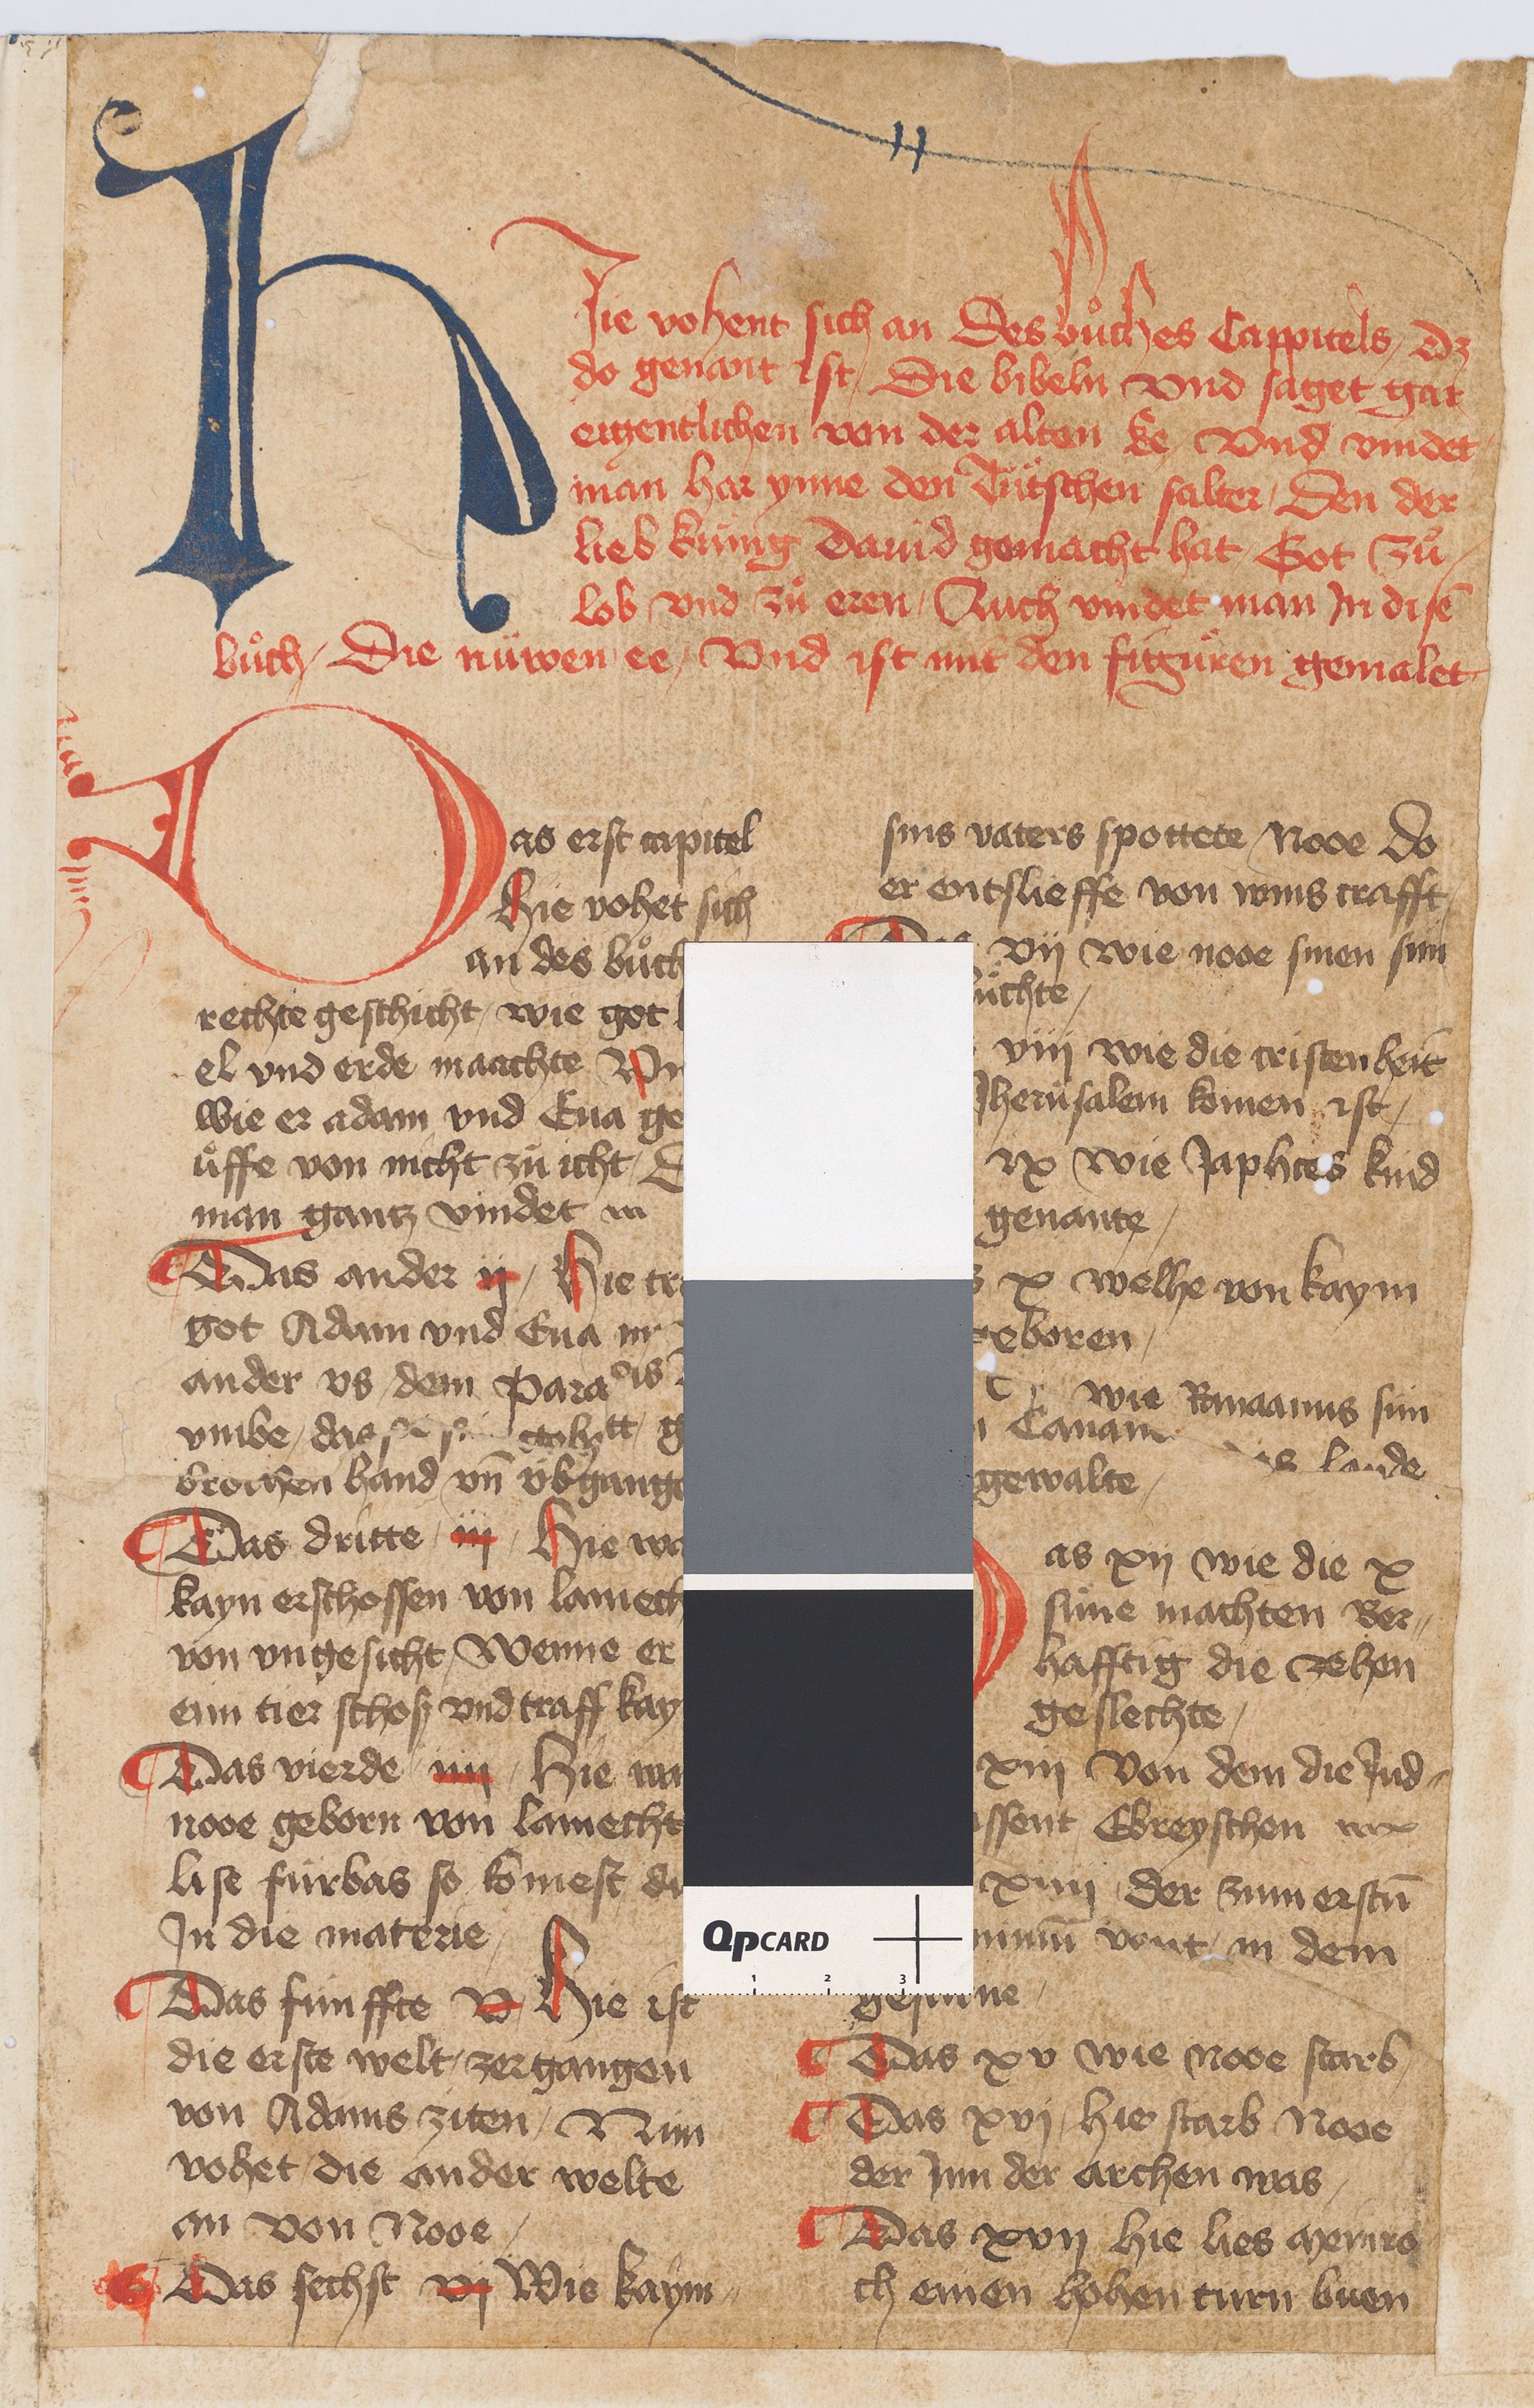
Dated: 1400–1499